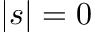
| s | = 0